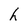
Character: h